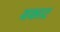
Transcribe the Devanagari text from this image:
वकाट